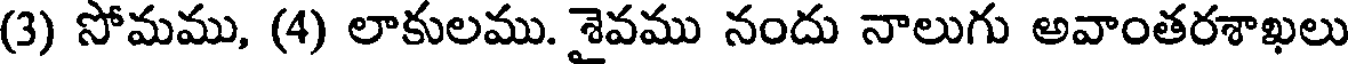
(3) సోమము, (4) లాకులము. శైవము నందు నాలుగు అవాంతరశాఖలు